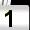
Digit: 1